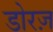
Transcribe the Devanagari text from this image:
डोरज़